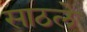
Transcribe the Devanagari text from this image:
साठले